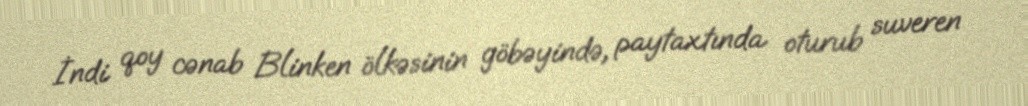
İndi qoy cənab Blinken ölkəsinin göbəyində, paytaxtında oturub suveren